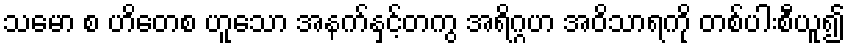
သမော စ ဟိတေစ ဟူသော အနက်နှင့်တကွ အရိဂ္ဂဟ အဝိသာရကို တစ်ပါးစီယူ၍